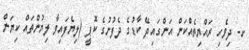
ށ- ދިވެހި ރައްޔިތެއްކަން އަންގައިދޭ ކާޑުގެ ދެފުށުގެ ކޮޕީ (ލިޔެފައިވާ ލިޔުންތައް ކިޔަން